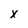
Character: x